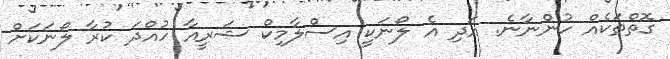
ގޮތްތަކެއް ހުންނާނެ. އަދި އެ ލޯނަކީ އިސްލާމިކް ޝަރީއާ ހުއްދަ ކުރާ ލޯނަކަށް